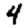
Digit: 4